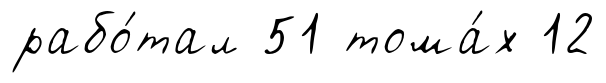
рабо́тал 51 тома́х 12